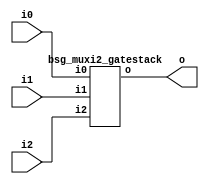


module top
(
  i0,
  i1,
  i2,
  o
);

  input [15:0] i0;
  input [15:0] i1;
  input [15:0] i2;
  output [15:0] o;

  bsg_muxi2_gatestack
  wrapper
  (
    .i0(i0),
    .i1(i1),
    .i2(i2),
    .o(o)
  );


endmodule



module bsg_muxi2_gatestack
(
  i0,
  i1,
  i2,
  o
);

  input [15:0] i0;
  input [15:0] i1;
  input [15:0] i2;
  output [15:0] o;
  wire [15:0] o;
  wire N0,N1,N2,N3,N4,N5,N6,N7,N8,N9,N10,N11,N12,N13,N14,N15,N16,N17,N18,N19,N20,N21,
  N22,N23,N24,N25,N26,N27,N28,N29,N30,N31,N32,N33,N34,N35,N36,N37,N38,N39,N40,N41,
  N42,N43,N44,N45,N46,N47;
  assign N17 = (N0)? i1[0] : 
               (N16)? i0[0] : 1'b0;
  assign N0 = i2[0];
  assign N19 = (N1)? i1[1] : 
               (N18)? i0[1] : 1'b0;
  assign N1 = i2[1];
  assign N21 = (N2)? i1[2] : 
               (N20)? i0[2] : 1'b0;
  assign N2 = i2[2];
  assign N23 = (N3)? i1[3] : 
               (N22)? i0[3] : 1'b0;
  assign N3 = i2[3];
  assign N25 = (N4)? i1[4] : 
               (N24)? i0[4] : 1'b0;
  assign N4 = i2[4];
  assign N27 = (N5)? i1[5] : 
               (N26)? i0[5] : 1'b0;
  assign N5 = i2[5];
  assign N29 = (N6)? i1[6] : 
               (N28)? i0[6] : 1'b0;
  assign N6 = i2[6];
  assign N31 = (N7)? i1[7] : 
               (N30)? i0[7] : 1'b0;
  assign N7 = i2[7];
  assign N33 = (N8)? i1[8] : 
               (N32)? i0[8] : 1'b0;
  assign N8 = i2[8];
  assign N35 = (N9)? i1[9] : 
               (N34)? i0[9] : 1'b0;
  assign N9 = i2[9];
  assign N37 = (N10)? i1[10] : 
               (N36)? i0[10] : 1'b0;
  assign N10 = i2[10];
  assign N39 = (N11)? i1[11] : 
               (N38)? i0[11] : 1'b0;
  assign N11 = i2[11];
  assign N41 = (N12)? i1[12] : 
               (N40)? i0[12] : 1'b0;
  assign N12 = i2[12];
  assign N43 = (N13)? i1[13] : 
               (N42)? i0[13] : 1'b0;
  assign N13 = i2[13];
  assign N45 = (N14)? i1[14] : 
               (N44)? i0[14] : 1'b0;
  assign N14 = i2[14];
  assign N47 = (N15)? i1[15] : 
               (N46)? i0[15] : 1'b0;
  assign N15 = i2[15];
  assign N16 = ~i2[0];
  assign o[0] = ~N17;
  assign N18 = ~i2[1];
  assign o[1] = ~N19;
  assign N20 = ~i2[2];
  assign o[2] = ~N21;
  assign N22 = ~i2[3];
  assign o[3] = ~N23;
  assign N24 = ~i2[4];
  assign o[4] = ~N25;
  assign N26 = ~i2[5];
  assign o[5] = ~N27;
  assign N28 = ~i2[6];
  assign o[6] = ~N29;
  assign N30 = ~i2[7];
  assign o[7] = ~N31;
  assign N32 = ~i2[8];
  assign o[8] = ~N33;
  assign N34 = ~i2[9];
  assign o[9] = ~N35;
  assign N36 = ~i2[10];
  assign o[10] = ~N37;
  assign N38 = ~i2[11];
  assign o[11] = ~N39;
  assign N40 = ~i2[12];
  assign o[12] = ~N41;
  assign N42 = ~i2[13];
  assign o[13] = ~N43;
  assign N44 = ~i2[14];
  assign o[14] = ~N45;
  assign N46 = ~i2[15];
  assign o[15] = ~N47;

endmodule